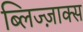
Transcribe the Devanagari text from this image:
ब्लिज्ज़ाक्स